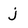
Character: j